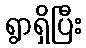
ရွာရှိပြီး